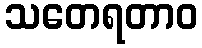
သတေရတာဝ